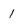
Character: 1